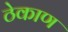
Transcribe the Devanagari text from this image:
ठेकाण